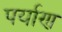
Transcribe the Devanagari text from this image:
पर्याण